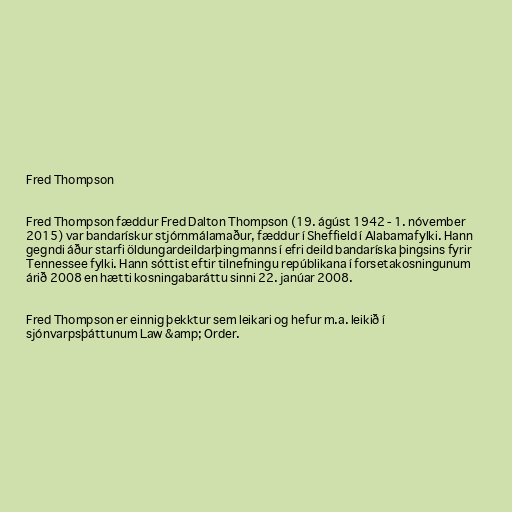
Fred Thompson

Fred Thompson fæddur Fred Dalton Thompson (19. ágúst 1942 - 1. nóvember
2015) var bandarískur stjórnmálamaður, fæddur í Sheffield í Alabamafylki. Hann
gegndi áður starfi öldungardeildarþingmanns í efri deild bandaríska þingsins fyrir
Tennessee fylki. Hann sóttist eftir tilnefningu repúblikana í forsetakosningunum
árið 2008 en hætti kosningabaráttu sinni 22. janúar 2008.

Fred Thompson er einnig þekktur sem leikari og hefur m.a. leikið í
sjónvarpsþáttunum Law &amp; Order.